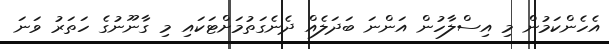
އެހެންކަމުން މި އިސްލާހުން އަންނަ ބަދަލެއް ދެނެގަތުމަށްޓަކައި މި ގާނޫނުގެ ހަތަރު ވަނަ